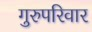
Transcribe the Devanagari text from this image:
गुरुपरिवार